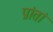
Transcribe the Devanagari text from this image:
प्रांतां